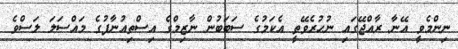
ނިންމެވީ އޭނާ ރާއްޖޭގައި ނުހުރެވޭތީ އެކަމުގެ ސަބަބުން ނާޒިމްގެ އިސްތިއުނާފުގެ މައްސަލަ ލަސްވެ